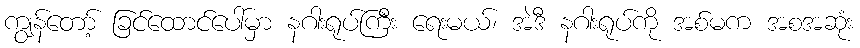
ကျွန်တော့် ခြင်ထောင်ပေါ်မှာ နဂါးရုပ်ကြီး ရေးမယ်၊ အဲဒီ နဂါးရုပ်ကို အစ်မက အစအဆုံး